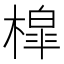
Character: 槹